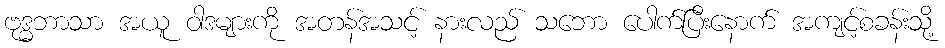
ဗုဒ္ဓဘာသာ အယူ ဝါဒများကို အတန်အသင့် နားလည် သဘော ပေါက်ပြီးနောက် အကျင့်စခန်းသို့